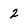
Character: 2